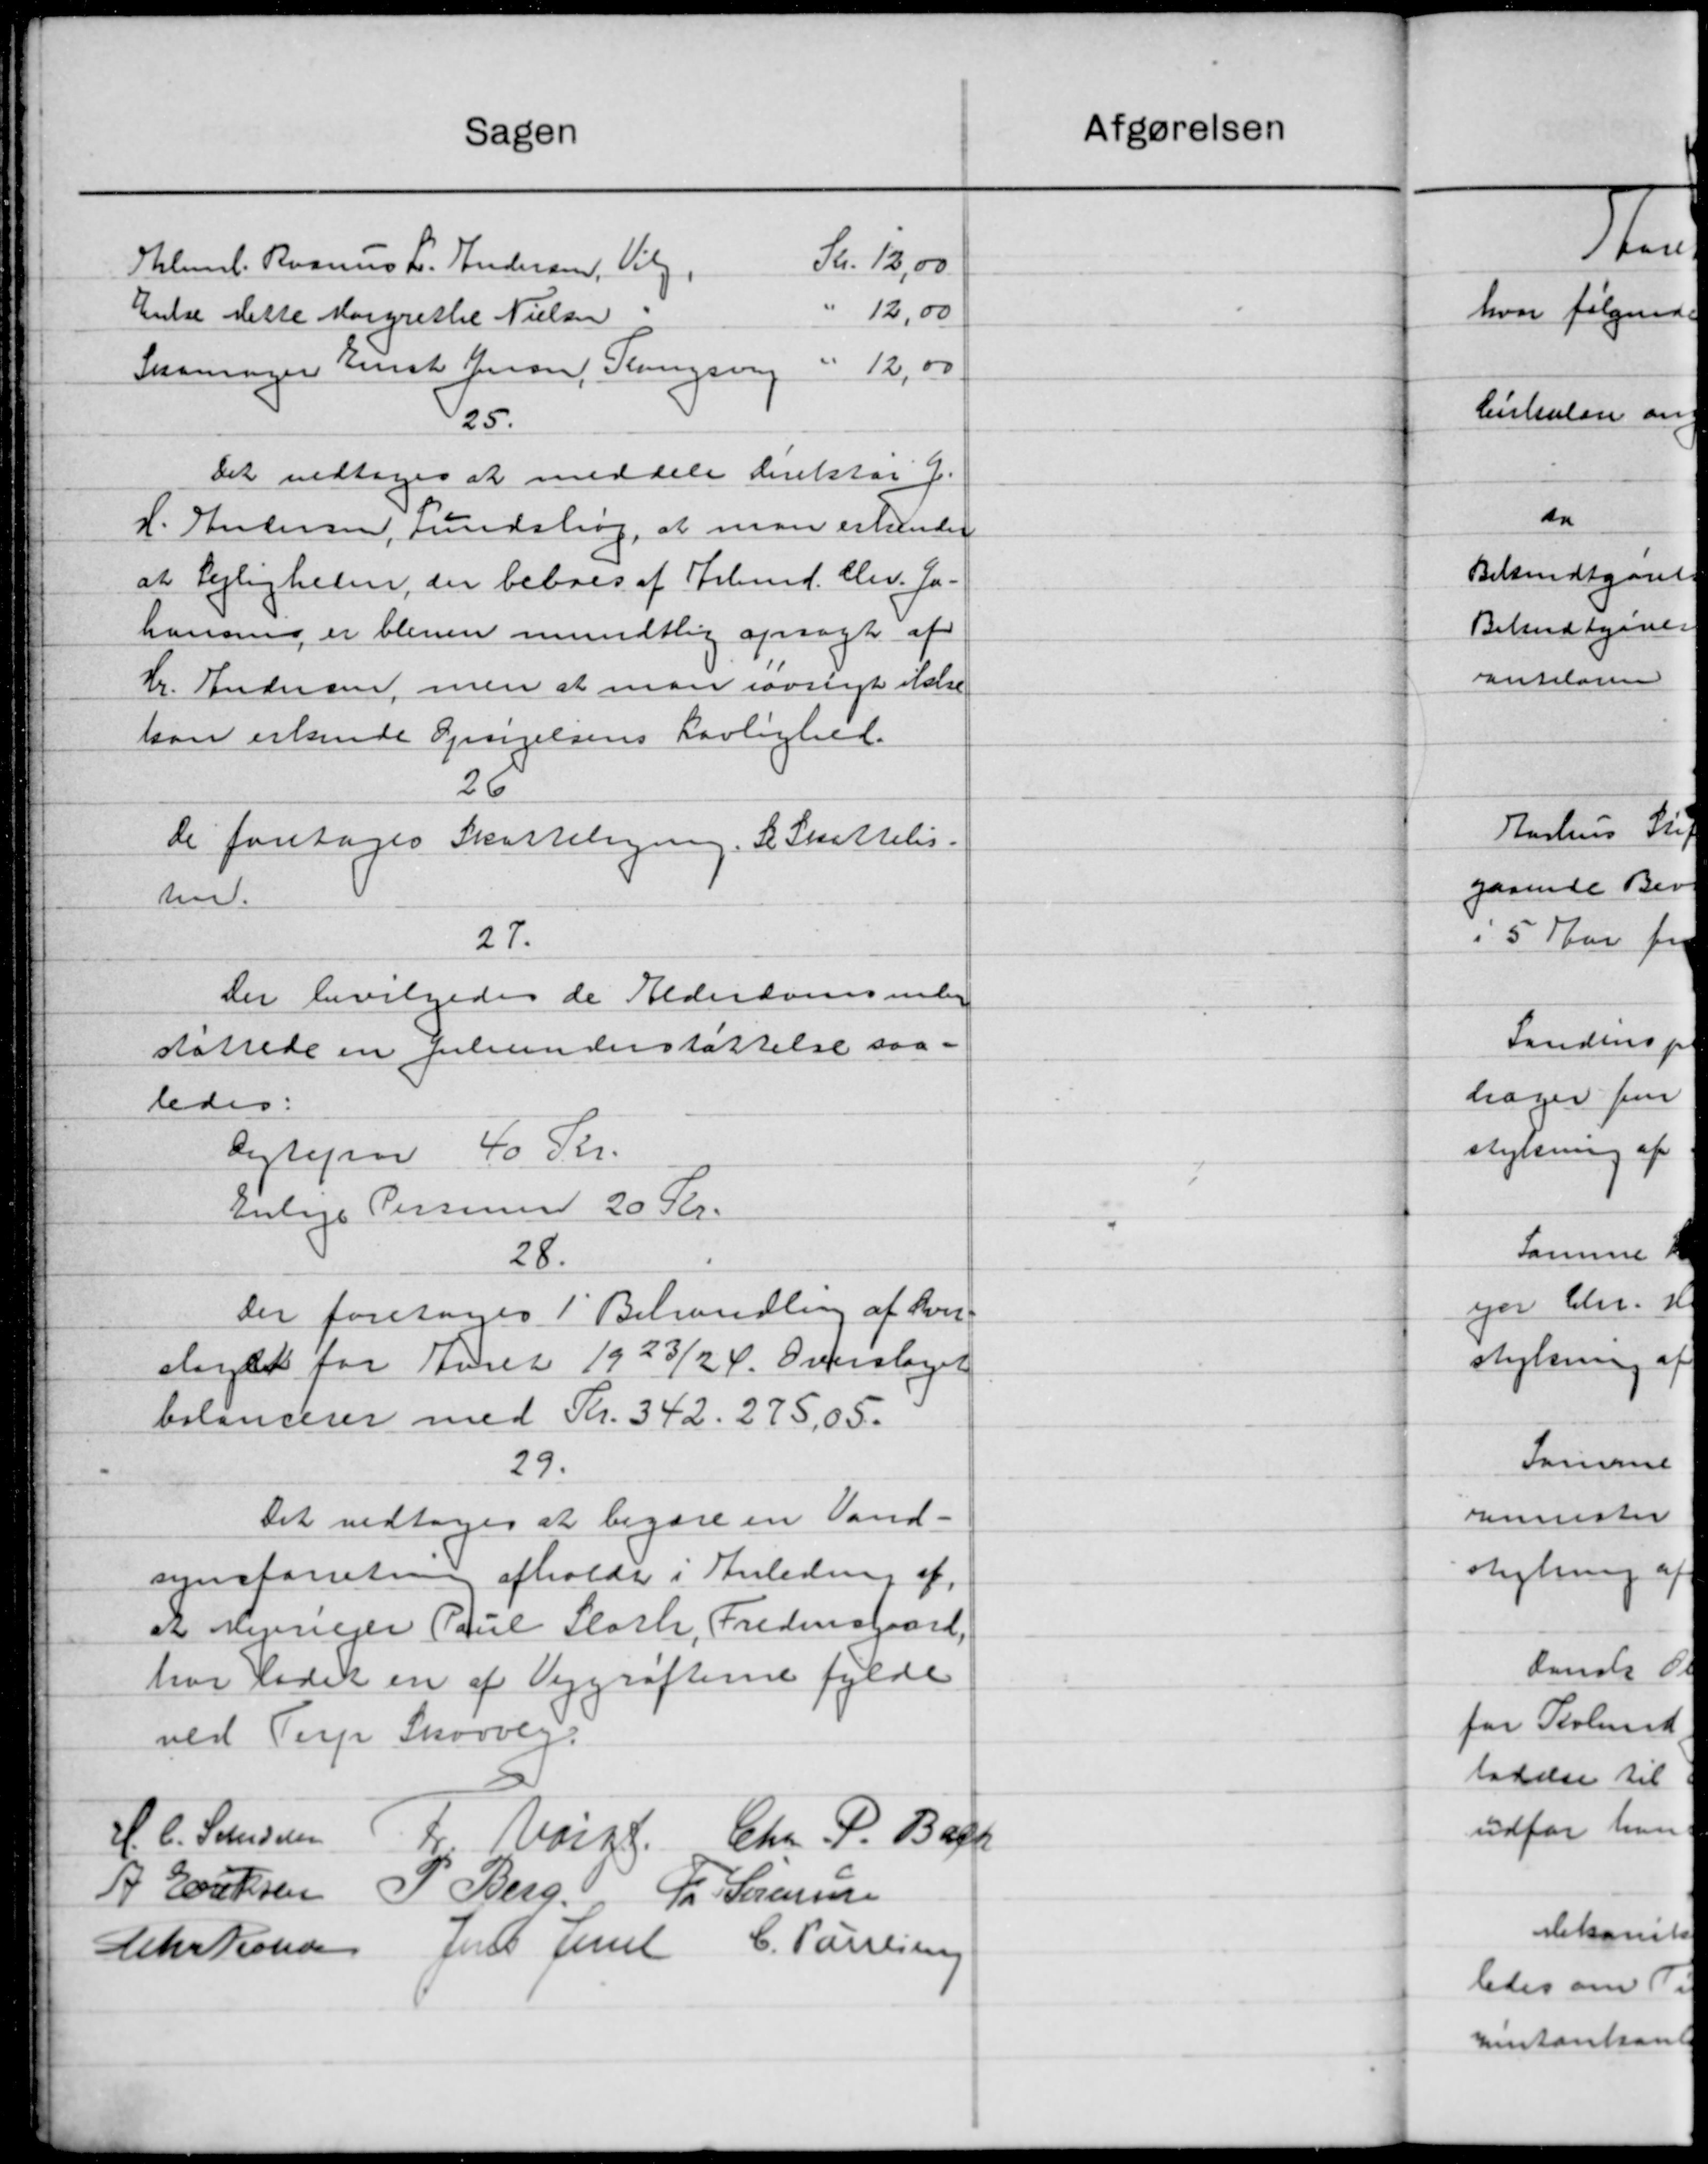
Transskription:
Sagen
Skr. 13,00
Elmsl. Rasmus L. Andersen, Vilg
12,00
Enke Mette Margrethe Nielsen
Skomager Kunst Jensen, Slangsvej 12,00.
25.
Det vedtoges at meddele direktør J.
L. Andersen, Lundshøj, at man erkender
at Lejligheden, der beboes af Arbmd. Chr. Ja
hansen er bleven mundtlig opsagt af
Hr. Andersen, men at man iøvrigt ikke
kan erkende Opørgelsens Lovlighed.
26
De foretages Skatteligning. I Skattelis.
ten.
27.
Der bevilgedes de Alderdomsunder
sattede en pekunderstøttelse saa-
ledes:
bytejen 40 Kr.
enlige Personer 20 Kr.
28.
Der foretoges 1' Behandling af hver
slagdes for Aaret 1923/24. Overslaget
belancerer med Kr. 342. 275,05.
29.
Det vedtoges at begære en Vand-
synsforretning afholdt i Anledning af
et Mervejer Poul Sloth, Fredersgaard,
har ladet en af Vejgrøfterne fylde
ved Terp Skovvej.
Chr. P. Bagg
H. C. Svendsen Fr. Varkt
A Eriksen
P. Berg.
L Sørensen
C. Paulsen
Chr Petersen
Jens Amt